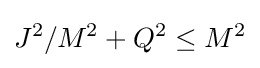
J^{2}/M^{2}+Q^{2}\leq M^{2}